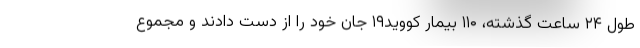
طول ۲۴ ساعت گذشته، ۱۱۰ بیمار کووید۱۹ جان خود را از دست دادند و مجموع